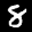
Label: 8